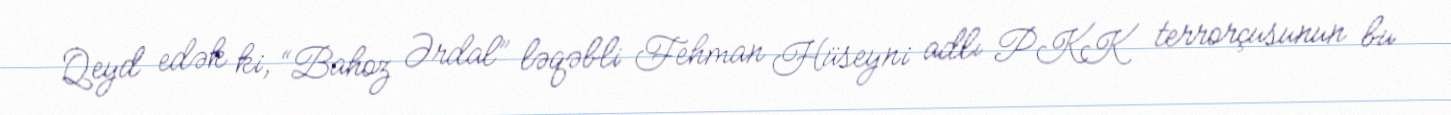
Qeyd edək ki, “Bahoz Ərdal” ləqəbli Fehman Hüseyni adlı PKK terrorçusunun bu